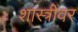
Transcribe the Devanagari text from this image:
शास्त्रींवर